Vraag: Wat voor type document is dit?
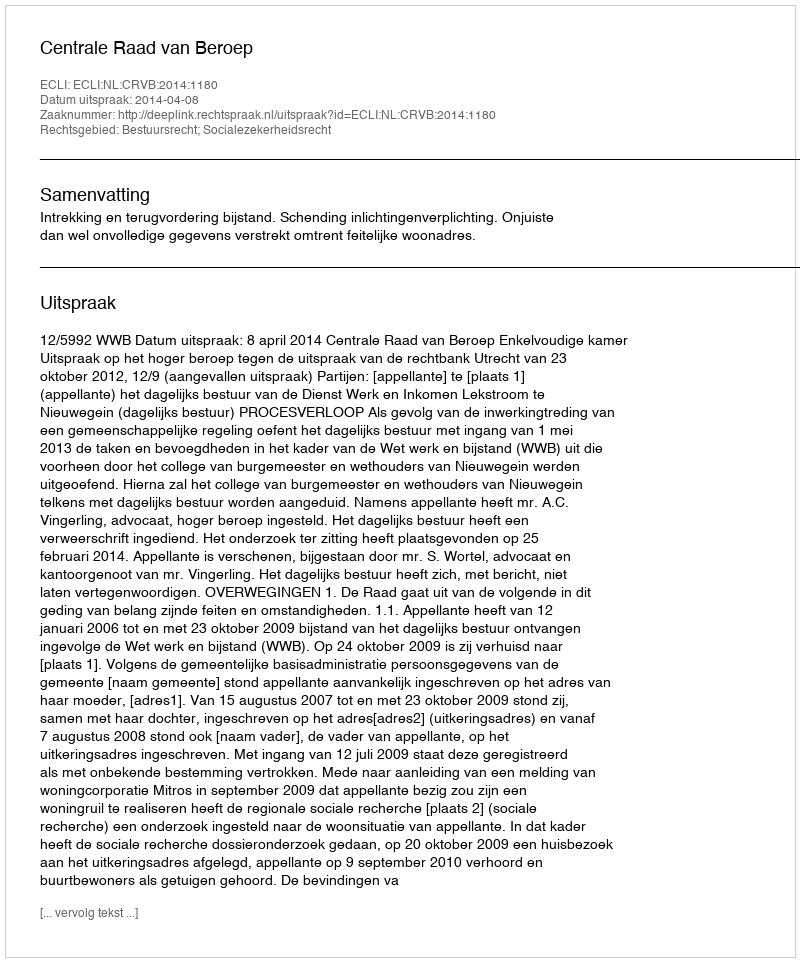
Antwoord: Uitspraak